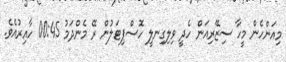
މިއަންހެން މީހާ ސިޒޭރިއަން ހެދީ ވިލިގިނލީ ހޮސްޕިޓަލުން ރޭ މެންދަމު 00:45 ހާއިރުއެވެ.